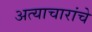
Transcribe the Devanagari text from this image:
अत्याचारांचे